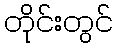
တိုင်းတွင်